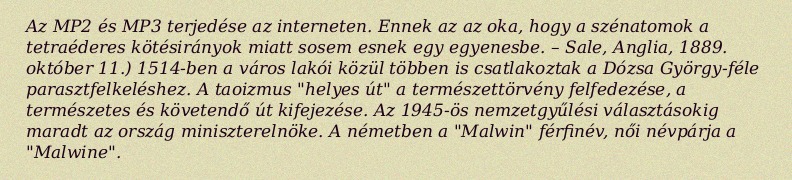
Az MP2 és MP3 terjedése az interneten. Ennek az az oka, hogy a szénatomok a tetraéderes kötésirányok miatt sosem esnek egy egyenesbe. – Sale, Anglia, 1889. október 11.) 1514-ben a város lakói közül többen is csatlakoztak a Dózsa György-féle parasztfelkeléshez. A taoizmus "helyes út" a természettörvény felfedezése, a természetes és követendő út kifejezése. Az 1945-ös nemzetgyűlési választásokig maradt az ország miniszterelnöke. A németben a "Malwin" férfinév, női névpárja a "Malwine".